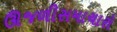
ઊજળીસમાચારો